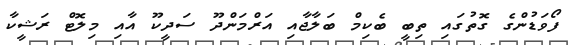
ފޯވަޑުންގެ ގޮތުގައި ތިބީ ބެކިމް ބަލާޖާއި އަރްމަންދޫ ސަދީކޫ އާއި މިލޮޓް ރަޝީކާ